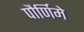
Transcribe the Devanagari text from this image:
पौर्णिमे